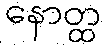
နောတ္ထ